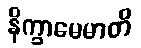
နိက္ခာမေမာတိ